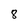
Character: 8